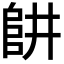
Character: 𨸥